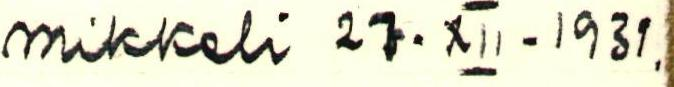
Mikkeli 27-XII-1931.